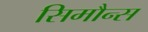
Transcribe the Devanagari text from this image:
सिमौन्स